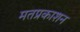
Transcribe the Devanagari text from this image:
मतप्रकाशन